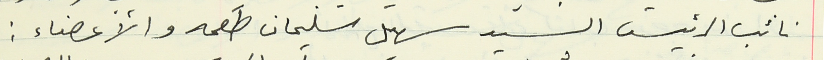
نائب الرئيس السيد سهيل سليمان طعمه والأعضاء :